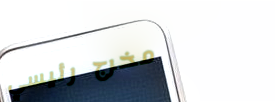
مخرج رئيسي